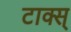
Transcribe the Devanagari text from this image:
टाक्स्